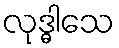
လုဒ္ဓါသေ